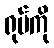
ရုပ်ကို